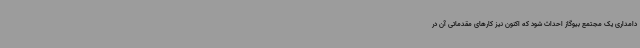
دامداری یک مجتمع بیوگاز احداث شود که اکنون نیز کارهای مقدماتی آن در